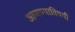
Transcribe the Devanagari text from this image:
आणण्याविषयी